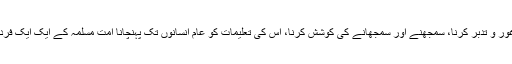
غرض قرآن مجید کی تلاوت(اور خاص طور پر ماہ رمضان میں ) اس کے معنی و مفہوم پر غور و تدبر کرنا، سمجھنے اور سمجھانے کی کوشش کرنا، اس کی تعلیمات کو عام انسانوں تک پہنچانا امت مسلمہ کے ایک ایک فرد کی ذمہ داری ہے، قرآن مجید کا یہ ایسا حق ہے جس کی جواب دہی سے کوئی بچ نہیں سکتا۔